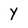
Character: y